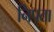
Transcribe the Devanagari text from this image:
निपता